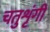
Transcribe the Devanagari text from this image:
चतुशृंगी